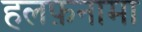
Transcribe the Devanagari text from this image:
हलफ़नामा